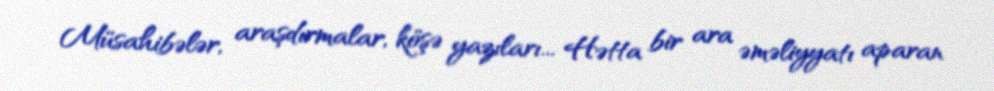
Müsahibələr, araşdırmalar, köşə yazıları... Hətta bir ara əməliyyatı aparan